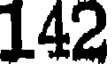
142